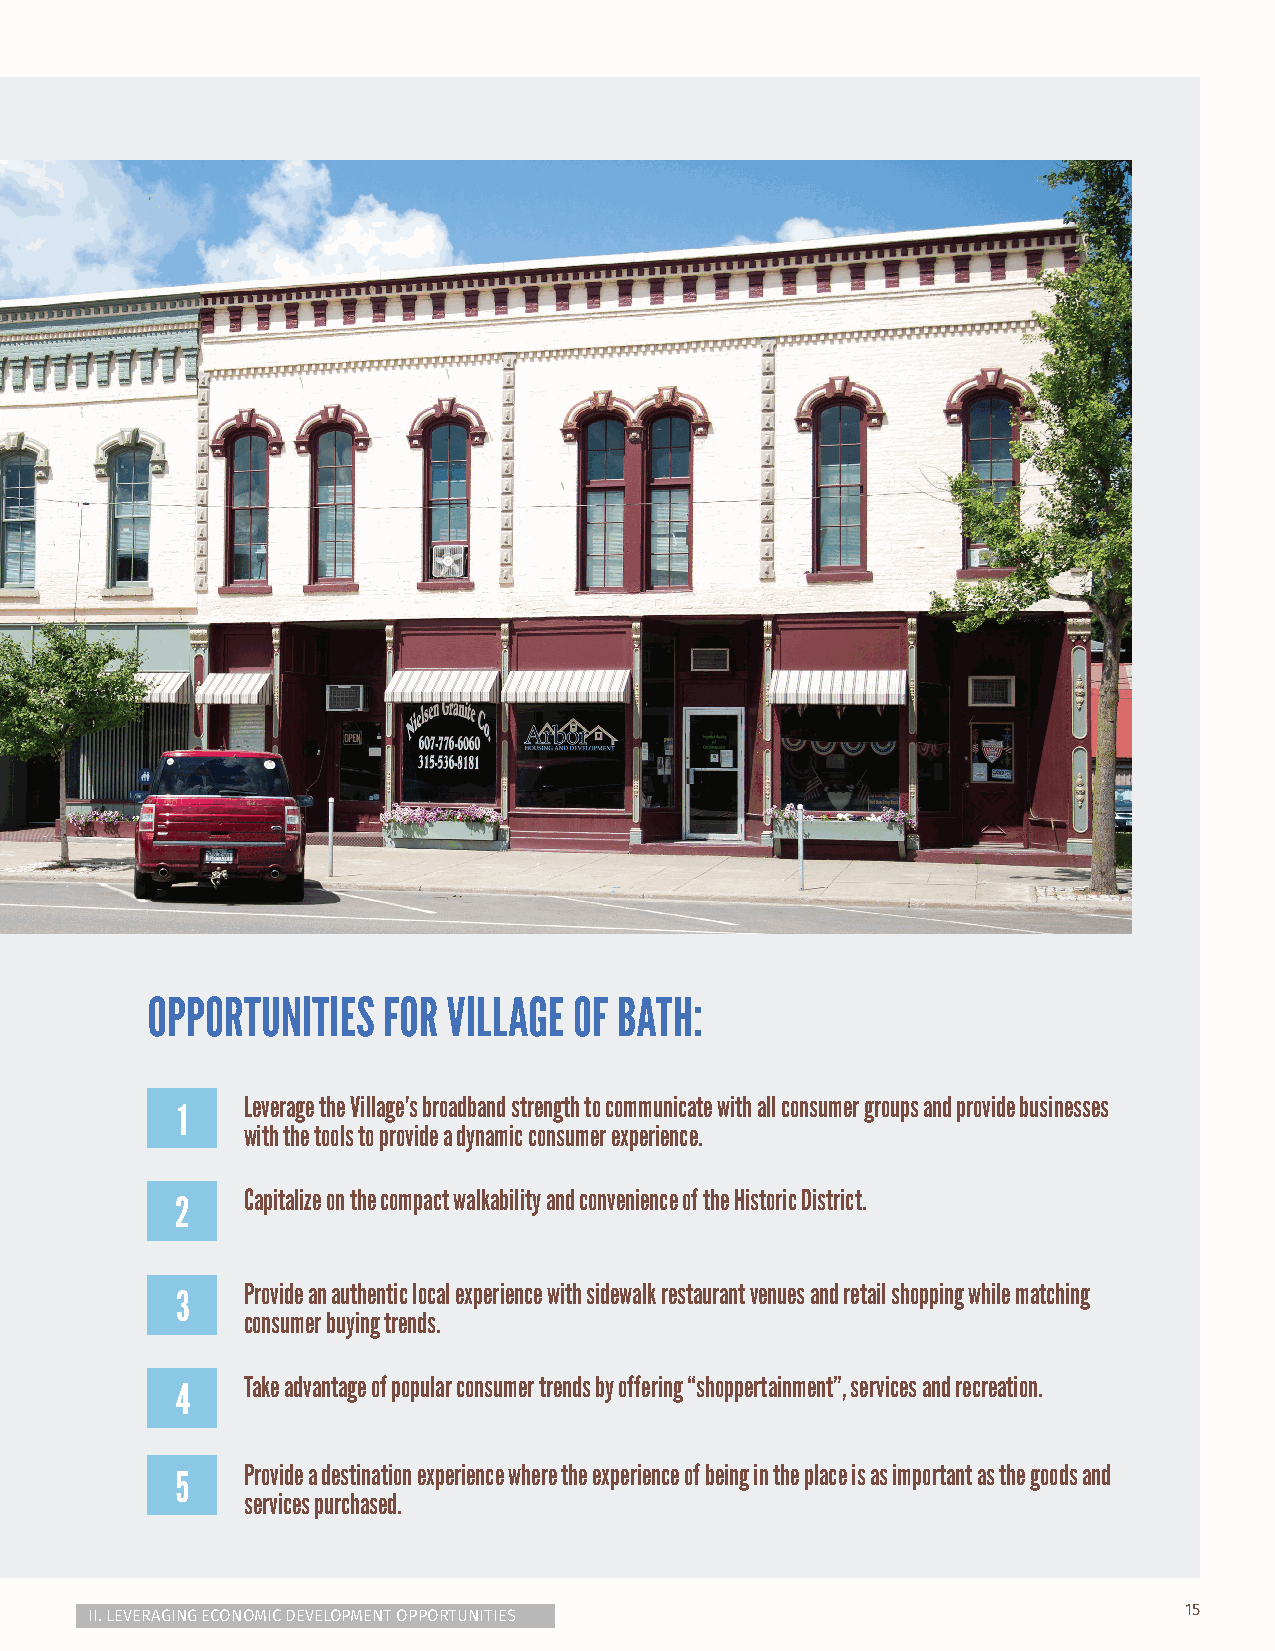
OPPORTUNITIES  FOR  VILLAGE OF BATH:
 Leverage the Village’s broadband strength to communicate with all consumer groups and provide businesses
 1
 with the tools to provide a dynamic consumer experience.
 Capitalize on the compact walkability and convenience of the Historic District.
 2
 Provide an authentic local experience with sidewalk restaurant venues and retail shopping while matching
 3
 consumer buying trends.
 Take advantage of popular consumer trends by offering “shoppertainment”, services and recreation.
 4
 Provide a destination experience where the experience of being in the place is as important as the goods and
 5
 services purchased.
 II. LEVERAGING ECONOMIC DEVELOPMENT OPPORTUNITIES                       15